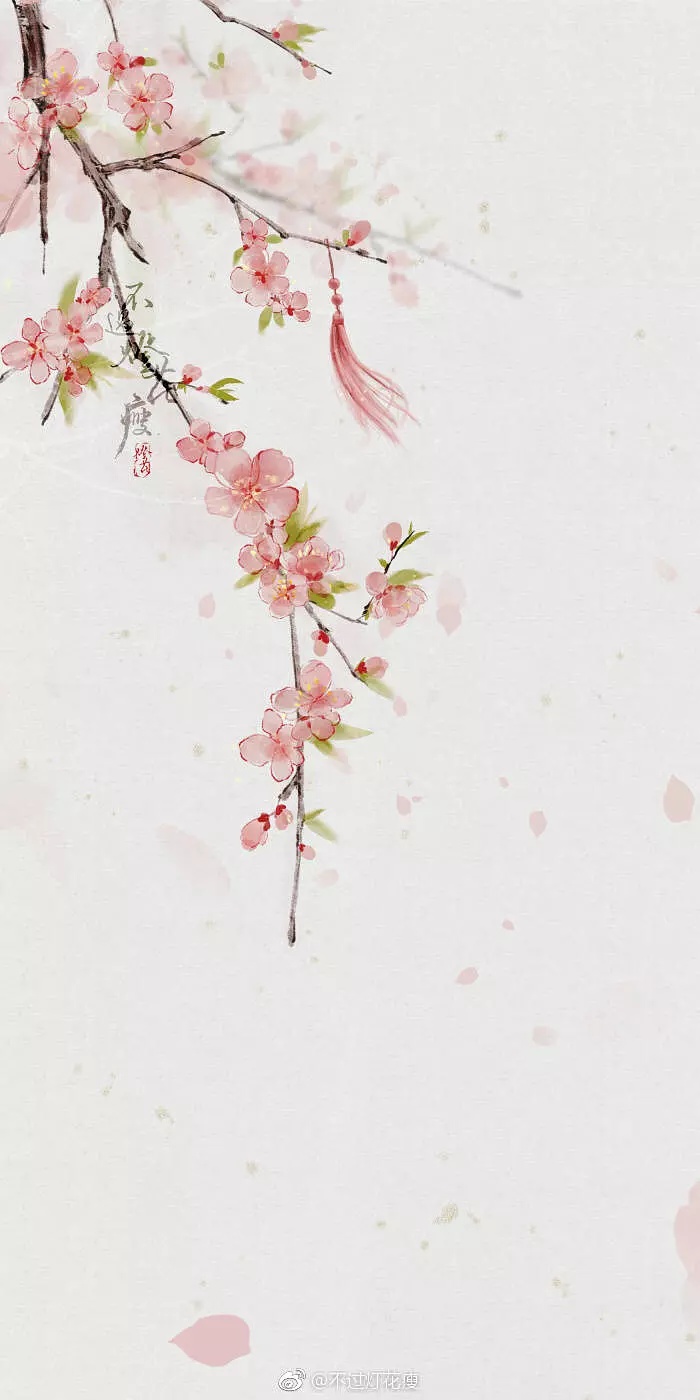
移舟去。未成新句。一砚梨花雨。